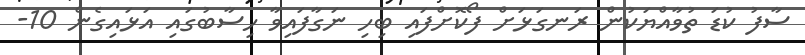
ސާފު ކުޑަ ތުވާއްޔަކުން ރަނގަޅަށް ފޯކޮށްފައި ބިހި ނަގާފައިވާ ހިސާބުގައި އަޅައިގެން 10-